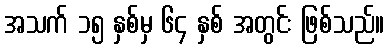
အသက် ၁၅ နှစ်မှ ၆၄ နှစ် အတွင်း ဖြစ်သည်။